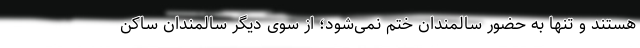
هستند و تنها به حضور سالمندان ختم نمی‌شود؛ از سوی دیگر سالمندان ساکن